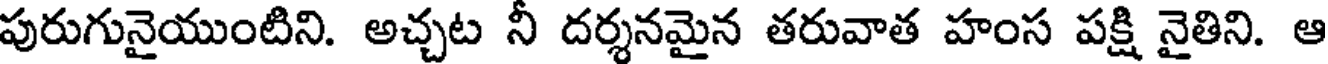
పురుగునైయుంటిని. అచ్చట నీ దర్శనమైన తరువాత హంస పక్షి నైతిని. ఆ